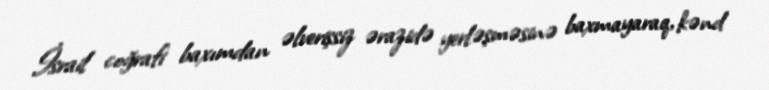
İsrail coğrafi baxımdan əlverişsiz ərazidə yerləşməsinə baxmayaraq, kənd